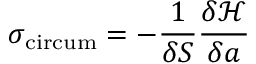
\sigma _ { \mathrm { c i r c u m } } = - \frac { 1 } { \delta S } \frac { \delta \mathcal { H } } { \delta a }